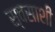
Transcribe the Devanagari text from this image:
स्वसाशी